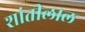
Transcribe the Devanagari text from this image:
शांतीलाल